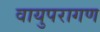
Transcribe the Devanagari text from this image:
वायुपरागण